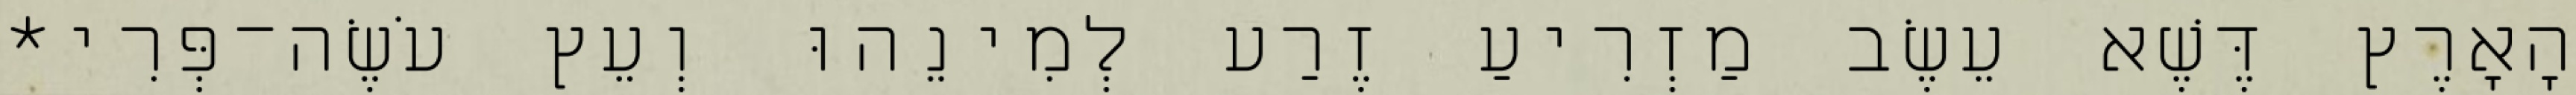
הָאָרֶץ דֶּשֶׁא עֵשֶׂב מַזְרִיעַ זֶרַע לְמִינֵהוּ וְעֵץ עֹשֶׂה־פְּרִי*